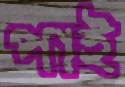
পাই